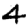
Digit: 4